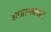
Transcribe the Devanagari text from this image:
उदातरतावाद